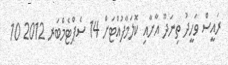
ރައީސް ވަހީދު ތިނަދޫ އާށާއި ކޮލަމާފުއްޓަށް 14 ސެޕްޓެމްބަރ 2012 10